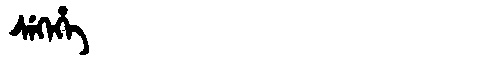
Manchu: ᠰᡝᡴᡝᡥᡝ
Romanization: SEKEHE